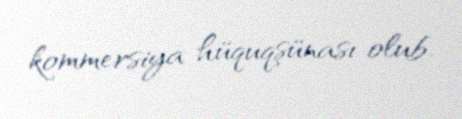
kommersiya hüquqşünası olub.